Lunatic asylums in Bengal annual reports 1888-1898 - 1888-1898
Year: 1888
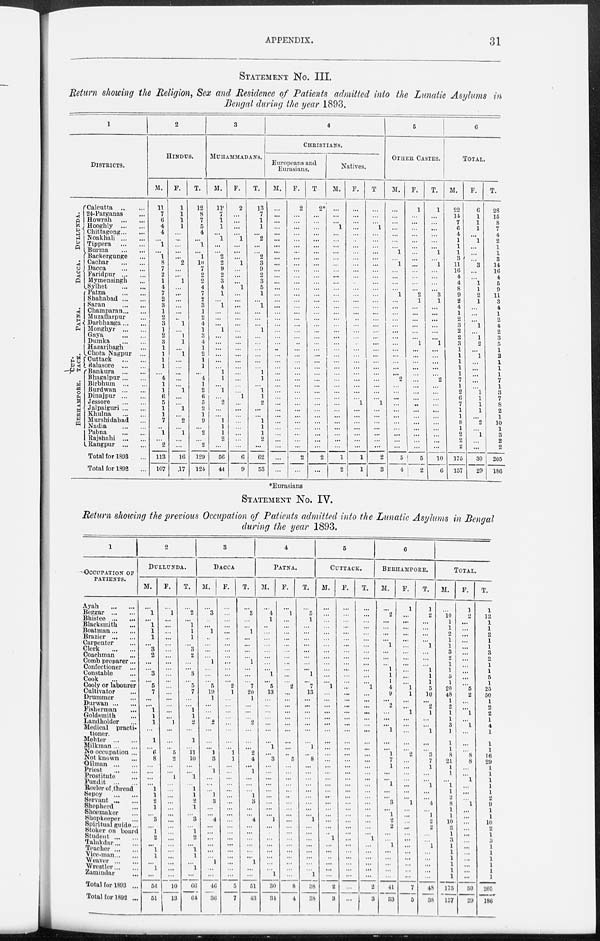
APPENDIX.
31
STATEMENT No. III.
Return showing the Religion, Sex and Residence of Patients admitted into the Lunatic Asylums in
Bengal during the year 1893.
1
DISTRICTS.
DULLUNDA.
DACCA.
PATNA.
CUT-
TACK.
BERHAMPORE.
Calcutta
...
...
24-Parganas ...
Howrah
...
...
Hooghly
...
...
Chittagong ... ...
Noakhali
...
...
Tippera
...
...
Burma
...
...
Backergunge ...
Cachar
...
...
Dacca
...
...
Faridpur
...
...
Mymensingh ...
Sylhet
...
...
Patna
...
...
Shahabad ... ...
Saran
...
...
Champaran ... ...
Muzaffarpur ...
Darbhanga ... ...
Monghyr
...
...
Gaya ... ...
Dumka
...
...
Hazaribagh ...
Chota Nagpur
...
Cuttack ... ...
Balasore
...
...
Bankura
...
...
Bhagalpur
...
...
Birbhum
...
...
Burdwan
...
...
Dinajpur
...
...
Jessore
...
...
Jalpaiguri
...
...
Khulna
...
...
Murshidabad ...
Nadia
...
...
Pabna ... ...
Rajshahi
...
...
Rangpur
...
...
Total for 1893 ...
Total for 1892 ...
2
HINDUS.
M.
11
7
6
4
4
...
1
...
1
8
7
2
1
4
7
2
3
1
2
3
1
2
3
1
1
1
1
...
4
1
1
6
5
1
1
7
...
1
...
2
113
107
F.
1
1
1
1
...
...
...
...
...
2
...
...
1
...
...
...
...
...
...
1
...
1
1
...
1
...
...
...
...
...
1
...
...
1
...
2
...
1
...
...
16
17
T.
12
8
7
5
4
...
1
...
1
10
7
2
2
4
7
2
3
1
2
4
1
3
4
1
2
1
1
...
4
1
2
6
5
2
1
9
...
2
...
2
129
124
3
MUHAMMADANS.
M.
11
7
1
1
...
1
...
...
2
2
9 2
3
4
1
...
1
...
...
...
1
...
...
...
...
...
...
1
1
...
1
...
2
...
...
1
1
1
2
...
56
44
F.
2
...
...
...
...
1
...
...
...
1
...
...
...
1
...
...
...
...
...
...
...
...
...
...
...
...
...
...
...
...
...
1
...
...
...
...
...
...
...
...
6
9
T.
13
7
1
1
...
2
...
...
2
3
9
2
3
5
1
...
1
...
...
...
1
...
...
...
...
...
...
1
1
...
1
1
2
...
...
1
1
1
2
...
62
53
4
CHRISTIANS.
Europeans and
Eurasians.
M.
...
...
...
...
...
...
...
...
...
...
...
...
...
...
...
...
...
...
...
...
...
...
...
...
...
...
...
...
...
...
...
...
...
...
...
...
...
...
...
...
...
...
F.
2
...
...
...
...
...
...
...
...
...
...
...
...
...
...
...
...
...
...
...
...
...
...
...
...
...
...
...
...
...
...
...
...
...
...
...
...
...
...
...
2
...
T.
2*
...
...
...
...
...
...
...
...
...
...
...
...
...
...
...
...
...
...
...
...
...
...
...
...
...
...
...
...
...
...
...
...
...
...
...
...
...
...
...
2
...
Natives.
M.
...
...
...
1
...
...
...
...
...
...
...
...
...
...
...
...
...
...
...
...
...
...
...
...
...
...
...
...
...
...
...
...
...
...
...
...
...
...
...
...
1
2
F.
...
...
...
...
...
...
...
...
...
...
...
...
...
...
...
...
...
...
...
...
...
...
...
...
...
...
...
...
...
...
...
...
1
...
...
...
...
...
...
...
1
1
T
...
...
...
1
...
...
...
...
...
...
...
...
...
...
...
...
...
...
...
...
...
...
...
...
...
...
...
...
...
...
...
...
1
...
...
...
...
...
...
...
2
3
5
OTHER CASTES.
M.
...
...
...
...
...
...
...
1
...
1
...
...
...
...
1
...
...
...
...
...
...
...
...
...
...
...
...
...
2
...
...
...
...
...
...
...
...
...
...
...
5
4
F.
1
...
...
...
...
...
...
...
...
...
...
...
...
...
2
1
...
...
...
...
...
...
1
...
...
...
...
... ...
...
...
...
...
...
...
...
...
...
...
...
5
2
T.
1
...
...
...
...
...
...
1
...
1
...
...
...
...
3
1
...
...
...
...
...
...
1
...
...
...
...
...
2
...
...
...
...
...
...
...
...
...
...
...
10
6
6
TOTAL.
M.
22
14
7
6
4
1
1
1
3
11
16
4
4
8
9
2
4
1
2
3
2
2
3
1
1
1
1
1
7
1
2
6
7
1
1
8
1
2
2
2
175
157
F.
6
1
1
1
...
1
...
...
...
3
...
...
1
1
2
1
...
...
...
1
...
1
2
...
1
...
...
...
...
...
1
1
1
1
...
2
...
1
...
...
30
29
T.
28
15
8
7
4
2
1
1
3
14
16
4
5
9
11
3
4
1
2
4
2
3
5
1
2
1
1
1
7
1
3
7
8
2
1
10
1
3
2
2
205
186
*Eurasians
STATEMENT No. IV.
Return showing the previous Occupation of Patients admitted into the Lunatic Asylums in Bengal
during the year 1893.
1
OCCUPATION OF
PATIENTS.
Ayah
...
...
Beggar
...
...
Bhistee
...
...
Blacksmith ...
Boatman ... ...
Brazier
...
...
Carpenter ... ...
Clerk ... ...
Coachman ...
Comb preparer...
Confectioner
...
Constable ...
Cook
...
...
Cooly or labourer
Cultivator ...
Drummer ...
Durwan
...
...
Fisherman ...
Goldsmith ...
Landholder ...
Medical
practi-
tioner.
Mehter
...
...
Milkman
...
...
No occupation ...
Not known ...
Oilman
...
...
Priest
...
...
Prostitute ...
Pundit
...
...
Reeler of thread
Sepoy
...
...
Servant
...
...
Shepherd ...
Shoemaker ...
Shopkeeper ...
Spiritual guide...
Stoker on board
Student ... ...
Talukdar ... ...
Teacher
...
...
Vice-man ... ...
Weaver
...
...
Wrestler ... ...
Zamindar ...
Total for 1893 ...
Total for 1892 ...
2
DULLUNDA.
M.
...
1
...
1
1
1
...
3
2
...
...
3
...
5
7
...
...
1
1
1
...
1
...
6 8
...
...
...
...
1
1
2
1
...
3
...
1
2
...
1
1
...
1
...
56
51
F.
...
1
...
...
...
...
...
...
...
...
...
...
...
...
...
...
...
...
...
1
...
...
...
5
2
...
...
1
...
...
...
...
...
...
...
...
...
...
...
...
...
...
...
...
10
13
T.
...
2
...
1
1
1
...
3
2
...
...
3
...
5
7
...
...
1
1
2
...
1
...
11
10
...
...
1
...
1
1
2
1
...
3
...
1
2
...
1
1
...
1
...
66
64
3
DACCA
M.
...
3
...
...
1
...
...
...
...
1
...
...
...
5
19
1
...
...
...
2
...
...
...
1
3
...
1
...
...
...
1
3
...
...
4
...
...
...
...
...
...
1
...
...
46
36
F.
...
...
...
...
...
...
...
...
...
...
...
...
...
2
1
...
...
...
...
...
...
...
...
1
1
...
...
...
...
...
...
...
...
...
...
...
...
...
...
...
...
...
...
...
5
7
T.
...
3
...
...
1
...
...
...
...
1
...
...
...
7
20
1
...
...
...
2
...
...
...
2
4
...
1
...
...
...
1
3
...
...
4
...
...
...
...
...
...
1
...
...
51
43
4
PATNA.
M.
...
4
1
...
...
...
...
...
...
...
...
1
...
5
13
...
...
...
...
...
...
...
1
...
3
...
...
...
...
...
...
...
...
...
1
...
...
...
...
...
...
...
...
1
30
34
F.
...
1
...
...
...
...
...
...
...
...
...
...
...
2
...
...
...
...
...
...
...
...
...
...
5
...
...
...
...
...
...
...
...
...
...
...
...
...
...
...
...
...
...
...
8
4
T.
...
5
1
...
...
...
...
...
...
...
...
1
...
7
13
...
...
...
...
...
...
...
1
...
8
...
...
...
...
...
...
...
...
...
1
...
...
...
...
...
...
...
...
1
38
38
5
CUTTACK.
M.
...
...
...
...
...
...
...
...
...
...
...
...
...
1
...
...
...
...
...
...
...
...
...
...
...
...
...
...
...
...
...
...
...
...
...
...
... 1
...
...
...
...
...
...
2
3
F.
...
...
...
...
...
...
...
...
...
...
...
...
...
...
...
...
...
...
...
...
...
...
...
...
...
...
...
...
...
...
...
...
...
...
...
...
...
...
...
...
...
...
...
...
...
...
T.
...
...
...
...
...
...
...
...
...
...
...
...
...
1
...
...
...
...
...
...
...
...
...
...
...
...
...
...
...
...
...
...
...
...
...
...
...
1
...
...
...
...
...
...
2
3
6
BERHAMPORE.
M.
...
2
...
...
...
...
1
...
...
...
1
1
1
4
9
...
2
...
...
...
1
...
...
1
7
1
...
...
1
...
...
3
...
1
2
2
...
...
1
...
...
...
...
...
41
33
F.
1
...
...
...
...
...
...
...
...
...
...
...
...
1
1
...
...
1
...
...
...
...
...
2
...
...
...
...
...
...
...
1
...
...
...
...
... ...
...
...
...
...
...
...
7
5
T.
1
2
...
...
...
...
1
...
...
...
1
1
1
5
10
...
2
1
...
...
1
...
...
3
7
1
...
...
1
...
...
4
...
1
2
2
...
...
1
...
...
...
...
...
48
38
TOTAL.
M.
...
10
1
1
2
1
1
3
2
1
1
5
1
20
48
1
2
1
1
3
1
1
1
8
21
1
1
...
1
1
2
8
1
1
10
2
1
3
1
1
1
1
1
1
175
157
F.
1
2
...
...
...
...
...
...
...
...
...
...
...
5
2
...
...
1
...
1
...
...
...
8
8
...
...
1
...
...
...
1
...
...
...
...
...
...
...
...
...
...
...
...
30
29
T.
1
12
1
1
2
1
1
3
2
1
1
5
1
25
50
1
2
2
1
4
1
1
1
16
29
1
1
1
1
1
2
9
1
1
10
2
1
3
1
1
1
1
1
1
205
186